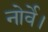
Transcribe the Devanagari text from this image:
नोर्वे।